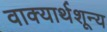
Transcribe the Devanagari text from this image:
वाक्यार्थशून्य